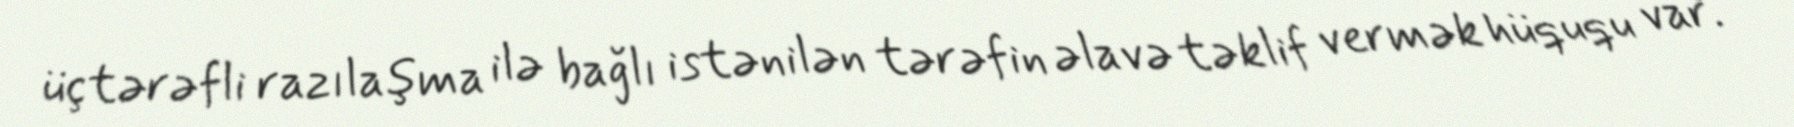
üçtərəfli razılaşma ilə bağlı istənilən tərəfin əlavə təklif vermək hüququ var.